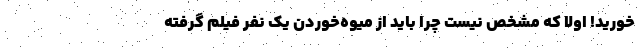
خورید! اولا که مشخص نیست چرا باید از میوه‌خوردن یک نفر فیلم گرفته